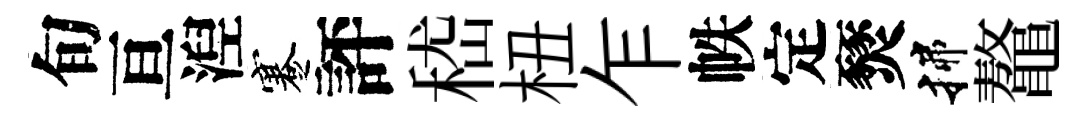
旬亘湼蹇評嵇杻乍帙定燹揲鼇